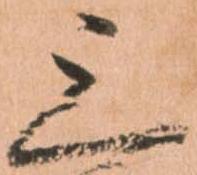
三